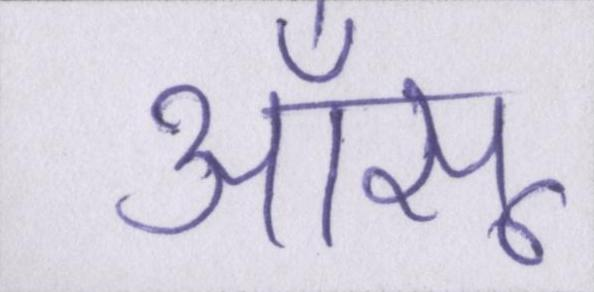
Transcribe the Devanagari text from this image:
आँसू